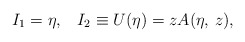
\begin{align*}I_1=\eta,\;\;\;I_2\equiv U(\eta)=zA(\eta,\,z),\end{align*}